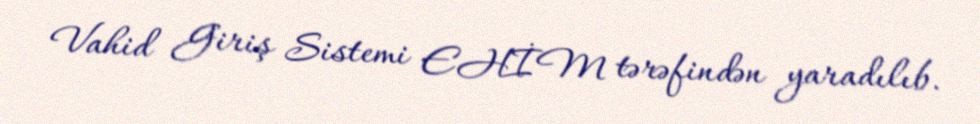
Vahid Giriş Sistemi EHİM tərəfindən yaradılıb.